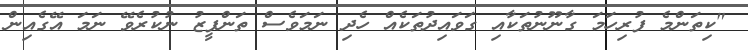
"ކިތަންމެ ފުރިހަމަ ގާނޫނުތަކާއި ގަވައިދުތަކެއް ހެދި ނަމަވެސް ތަންފީޒު ނުކުރެވޭ ނަމަ އޭގެއިން